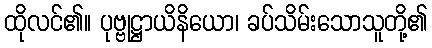
ထိုလင်၏။ ပုဗ္ဗုဋ္ဌာယိနိယော၊ ခပ်သိမ်းသောသူတို့၏